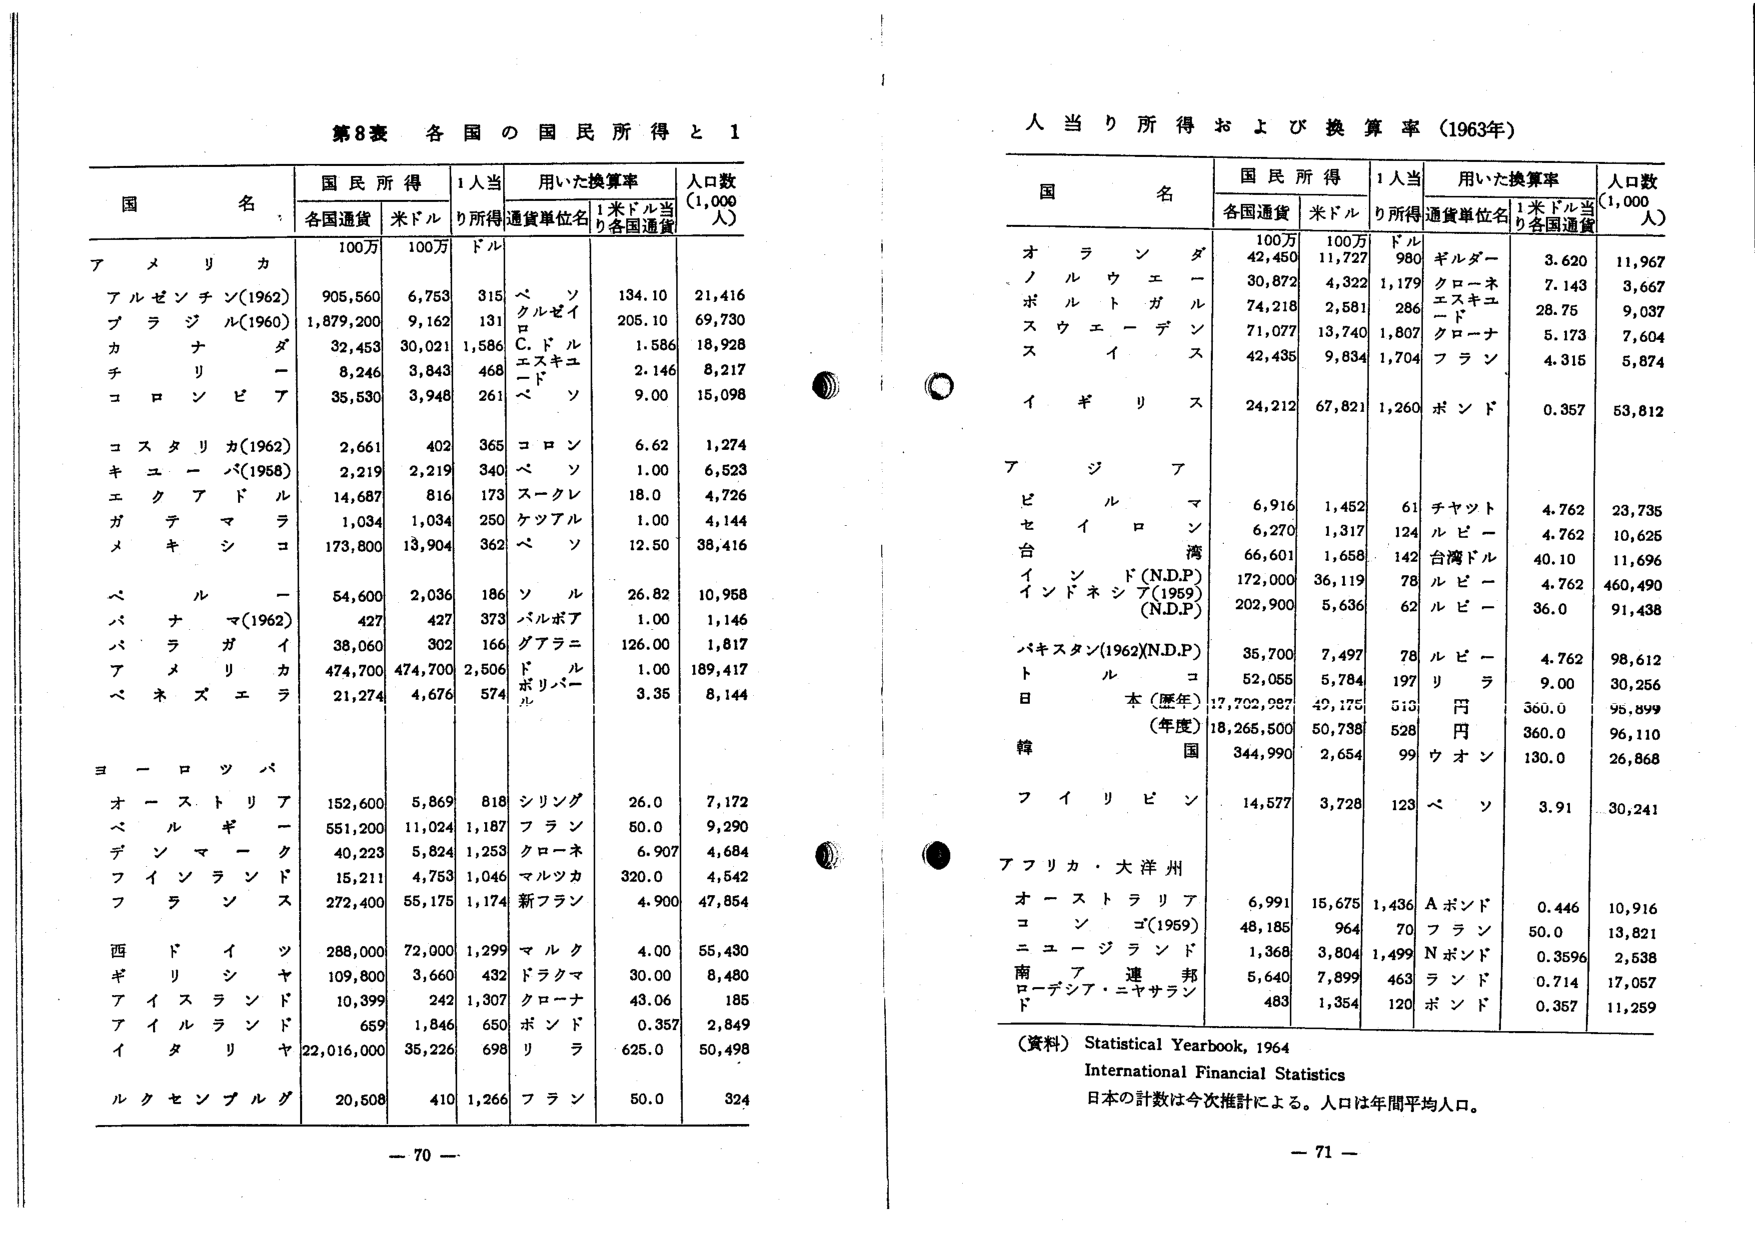
第8表 各国の国民所得と1人当り所得および換算率（1963年）

国名 | 国民所得 | 1人当り所得 | 用いた換算率 | 人口数（1,000人）
--- | --- | --- | --- | ---
 | 各国通貨 | 米ドル | 通貨単位名 | 1米ドル当り各国通貨 |
アメリカ | 100万 | 100万 | ドル |  |
アルゼンチン（1962） | 905,560 | 6,753 | ペソ | 134.10 | 21,416
ブラジル（1960） | 1,879,200 | 9,162 | クルゼイロ | 205.10 | 69,730
カナダ | 32,453 | 30,021 | C.ドル | 1.586 | 18,928
チリ | 8,246 | 3,843 | エスキュード | 2.146 | 8,217
コロンビア | 35,530 | 3,948 | ペソ | 9.00 | 15,098
コスタリカ（1962） | 2,661 | 402 | コロン | 6.62 | 1,274
キューバ（1958） | 2,219 | 2,219 | ペソ | 1.00 | 6,523
エクアドル | 14,687 | 816 | スークレ | 18.0 | 4,726
ガテマラ | 1,034 | 1,034 | ケツアル | 1.00 | 4,144
メキシコ | 173,800 | 13,904 | ペソ | 12.50 | 38,416
ペルー | 54,600 | 2,036 | ソル | 26.82 | 10,958
パナマ（1962） | 427 | 427 | バルボア | 1.00 | 1,146
パラグアイ | 38,060 | 302 | グアラニ | 126.00 | 1,817
アメリカ | 474,700 | 474,700 | ドル | 1.00 | 189,417
ベネズエラ | 21,274 | 4,676 | ボリバール | 3.35 | 8,144
ヨーロッパ
オーストリア | 152,600 | 5,869 | シリング | 26.0 | 7,172
ベルギー | 551,200 | 11,024 | フラン | 50.0 | 9,290
デンマーク | 40,223 | 5,824 | クローネ | 6.907 | 4,684
フィンランド | 15,211 | 4,753 | マルツカ | 320.0 | 4,542
フランス | 272,400 | 55,175 | 新フラン | 4.900 | 47,854
西ドイツ | 288,000 | 72,000 | マルク | 4.00 | 55,430
ギリシャ | 109,800 | 3,660 | ドラクマ | 30.00 | 8,480
アイスランド | 10,399 | 242 | クローナ | 43.06 | 185
アイルランド | 659 | 1,846 | ポンド | 0.357 | 2,849
イタリア | 22,016,000 | 35,226 | リラ | 625.0 | 50,498
ルクセンブルグ | 20,508 | 410 | フラン | 50.0 | 324

国名 | 国民所得 | 1人当り所得 | 用いた換算率 | 人口数（1,000人）
--- | --- | --- | --- | ---
 | 各国通貨 | 米ドル | 通貨単位名 | 1米ドル当り各国通貨 |
オランダ | 100万 | 100万 | ドル |  |
ノルウェー | 42,450 | 11,727 | ギルダー | 3.620 | 11,967
ポルトガル | 30,872 | 4,322 | クローネ | 7.143 | 3,667
スウェーデン | 74,218 | 2,581 | エスキュード | 28.75 | 9,037
スイス | 71,077 | 13,740 | クローナ | 5.173 | 7,604
 | 42,435 | 9,834 | フラン | 4.315 | 5,874
イギリス | 24,212 | 67,821 | ポンド | 0.357 | 53,812
アジア
ビルマ | 6,916 | 1,452 | 61 | チャット | 4.762 | 23,735
セイロン | 6,270 | 1,317 | 124 | ルピー | 4.762 | 10,625
台湾 | 66,601 | 1,658 | 142 | 台湾ドル | 40.10 | 11,696
インド（N.D.P） | 172,000 | 36,119 | 78 | ルピー | 4.762 | 460,490
インドネシア（1959）（N.D.P） | 202,900 | 5,636 | 62 | ルピー | 36.0 | 91,438
パキスタン（1962）（N.D.P） | 35,700 | 7,497 | 78 | ルピー | 4.762 | 98,612
トルコ | 52,055 | 5,784 | 197 | リラ | 9.00 | 30,256
日本（暦年） | 17,702,987 | 49,175 | 513 | 円 | 360.0 | 95,899
（年度） | 18,265,500 | 50,738 | 528 | 円 | 360.0 | 96,110
韓国 | 344,990 | 2,654 | 99 | ウォン | 130.0 | 26,868
フィリピン | 14,577 | 3,728 | 123 | ペソ | 3.91 | 30,241
アフリカ・大洋州
オーストラリア | 6,991 | 15,675 | 1,436 | A.ポンド | 0.446 | 10,916
ニュージーランド | 48,185 | 964 | 70 | フラン | 50.0 | 13,821
 | 1,368 | 3,804 | 1,499 | N.ポンド | 0.3596 | 2,538
南ア連邦 | 5,640 | 7,899 | 463 | ランド | 0.714 | 17,057
ローデシア・ニヤサランド | 483 | 1,354 | 120 | ポンド | 0.357 | 11,259

（資料）Statistical Yearbook, 1964
International Financial Statistics
日本の計数は今次推計による。人口は年間平均人口。

－70－
－71－